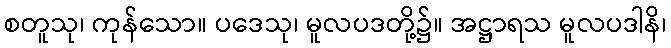
စတူသု၊ ကုန်သော။ ပဒေသု၊ မူလပဒတို့၌။ အဋ္ဌာရသ မူလပဒါနိ၊